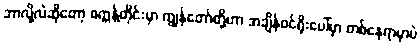
ဘာလို့လဲဆိုတော့ စက္ကန့်တိုင်းမှာ ကျွန်တော်တို့ဟာ အချိန်ဝင်ရိုးပေါ်မှာ တစ်နေရာမှာပဲ